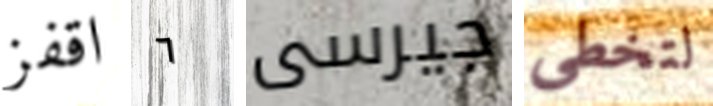
اقفز ٦ جيرسى لتخطي